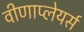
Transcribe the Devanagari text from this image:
वीणाप्लेयर्स